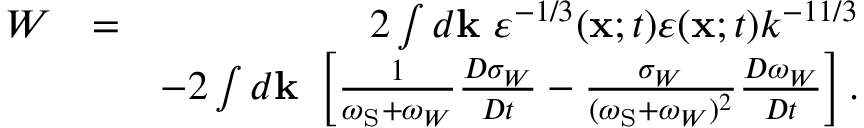
\begin{array} { r l r } { W } & { = } & { 2 \int d { \bf { k } } \ \varepsilon ^ { - 1 / 3 } ( { \bf { x } } ; t ) \varepsilon ( { \bf { x } } ; t ) k ^ { - 1 1 / 3 } } \\ & { } & { - 2 \int d { \bf { k } } \ \left[ { \frac { 1 } { \omega _ { \mathrm { { S } } } + \omega _ { W } } \frac { D \sigma _ { W } } { D t } - \frac { \sigma _ { W } } { ( \omega _ { \mathrm { S } } + \omega _ { W } ) ^ { 2 } } \frac { D \omega _ { W } } { D t } } \right] . } \end{array}